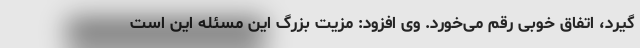
گیرد، اتفاق خوبی رقم می‌خورد. وی افزود: مزیت بزرگ این مسئله این است